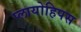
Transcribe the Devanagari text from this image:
प्लायोहिपस